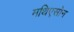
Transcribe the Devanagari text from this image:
मथिएसोन